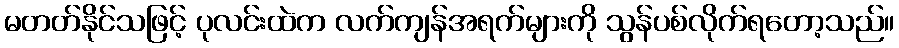
မတတ်နိုင်သဖြင့် ပုလင်းထဲက လက်ကျန်အရက်များကို သွန်ပစ်လိုက်ရတော့သည်။